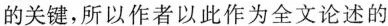
的关键,所以作者以此作为全文论述的